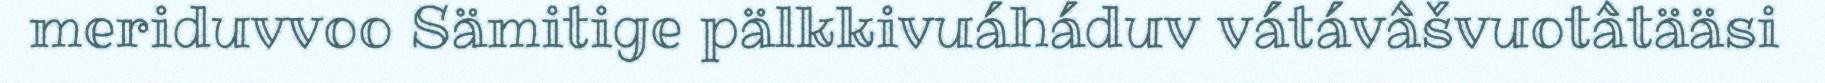
meriduvvoo Sämitige pälkkivuáháduv vátávâšvuotâtääsi